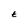
Character: t